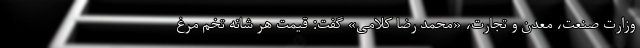
وزارت صنعت، معدن و تجارت، «محمد رضا کلامی» گفت: قیمت هر شانه تخم مرغ